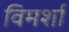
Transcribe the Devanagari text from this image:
विमर्शा